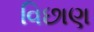
વિછાણ